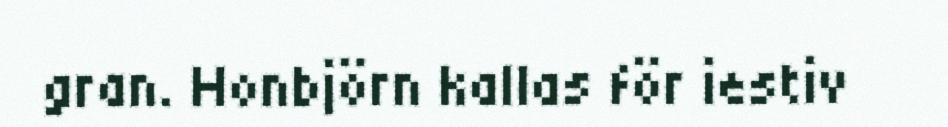
gran. Honbjörn kallas för iestiv